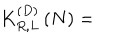
K _ { R , L } ^ { \left( D \right) } \left( N \right) =